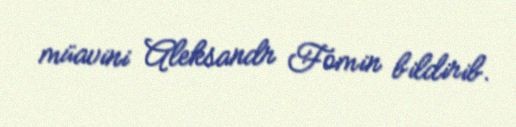
müavini Aleksandr Fomin bildirib.